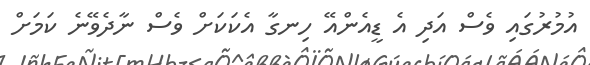
އުމުރުގައި ވެސް އަދި އެ ޑީއެންއޭ ހިނގާ އެކަކަށް ވެސް ނާދެވޭނެ ކަމަށް